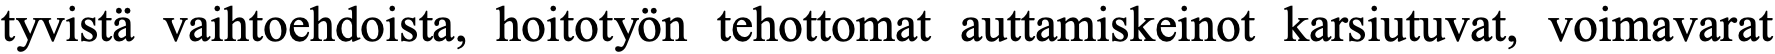
tyvistä vaihtoehdoista, hoitotyön tehottomat auttamiskeinot karsiutuvat, voimavarat